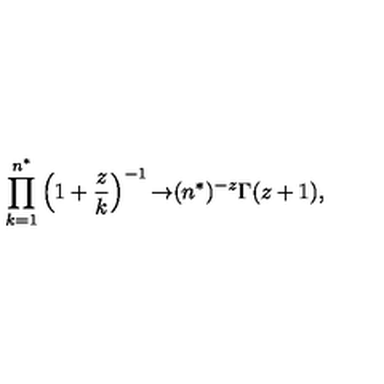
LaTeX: \prod _ { k = 1 } ^ { n ^ { * } } \left( 1 + \frac { z } { k } \right) ^ { - 1 } { \rightarrow } ( n ^ { * } ) ^ { - z } \Gamma ( z + 1 ) ,